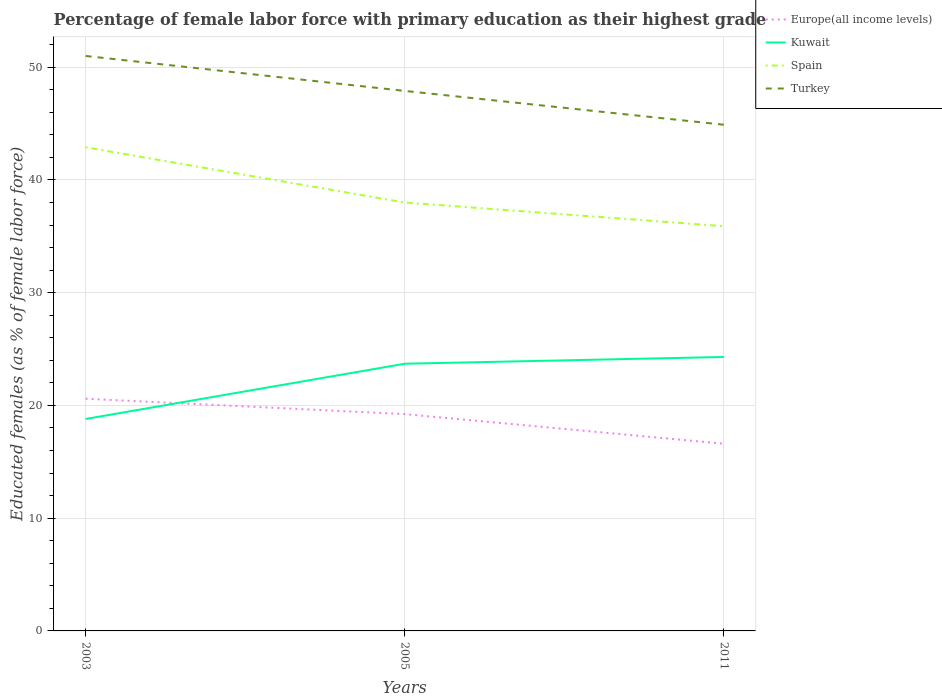
| Years | Europe(all income levels) | Kuwait | Spain | Turkey |
 | --- | --- | --- | --- | --- |
 | 2003 | 20.6 | 18.8 | 42.9 | 51 |
 | 2005 | 19.2 | 23.7 | 38 | 47.9 |
 | 2011 | 16.6 | 24.3 | 35.9 | 44.9 |